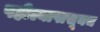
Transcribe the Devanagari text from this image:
पहील्यापासूनच